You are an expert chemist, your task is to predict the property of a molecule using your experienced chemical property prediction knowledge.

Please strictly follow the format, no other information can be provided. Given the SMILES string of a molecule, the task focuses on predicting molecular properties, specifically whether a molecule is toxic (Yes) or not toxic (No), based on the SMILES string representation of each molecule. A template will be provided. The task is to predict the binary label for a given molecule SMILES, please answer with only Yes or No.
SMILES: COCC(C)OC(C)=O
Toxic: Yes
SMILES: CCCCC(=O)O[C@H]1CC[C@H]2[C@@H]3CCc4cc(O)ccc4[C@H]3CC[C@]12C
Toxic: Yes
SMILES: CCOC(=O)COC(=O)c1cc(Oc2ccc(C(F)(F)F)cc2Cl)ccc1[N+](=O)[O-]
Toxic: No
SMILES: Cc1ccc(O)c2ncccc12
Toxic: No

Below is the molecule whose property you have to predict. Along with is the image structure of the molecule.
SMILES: CCN(Cc1ccc(Cl)nc1)/C(=C/[N+](=O)[O-])NC
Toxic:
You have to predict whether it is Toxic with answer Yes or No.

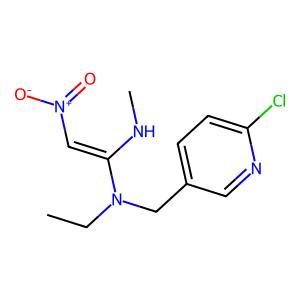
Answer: No